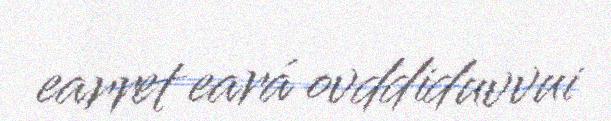
earret eará ovddiduvvui